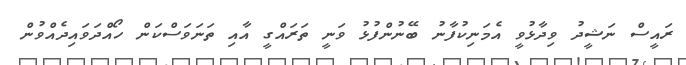
ރައީސް ނަޝީދު ވިދާޅުވީ އެމަނިކުފާނު ބޭނުންފުޅު ވަނީ ތަރައްގީ އާއި ތަނަވަސްކަން ހޯއްދަވައިދެއްވުން